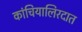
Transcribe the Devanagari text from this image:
कांचियालिरदात